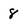
Character: 8